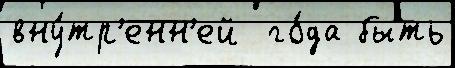
вну́тр'енн'ей  го́да быть